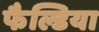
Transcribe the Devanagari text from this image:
फैल्डिया